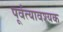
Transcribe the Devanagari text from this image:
पूर्वत्यावश्यक